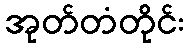
အုတ်တံတိုင်း